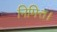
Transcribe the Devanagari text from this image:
निमित्त।